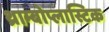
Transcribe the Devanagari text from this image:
थ्राम्बोप्लास्टिक